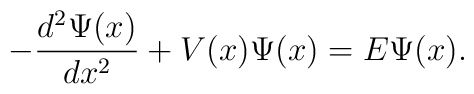
-\frac{d^2 \Psi(x)}{dx^2}+V(x)\Psi(x)=E\Psi(x).